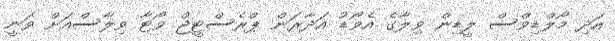
އަދި މޯލްޑިވްސް ލީޑިން ވިލާގެ އެވޯޑު އަދާރަން ޕްރެސްޓީޖް ވޯޓާ ވިލާސްއަށް ވަނީ